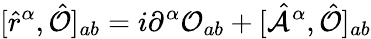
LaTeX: [\hat{r}^{\alpha},\hat{\mathcal{O}}]_{ab}=i\partial^{\alpha}\mathcal{O}_{ab}+[\hat{\mathcal{A}}^{\alpha},\hat{\mathcal{O}}]_{ab}